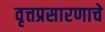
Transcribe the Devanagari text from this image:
वृत्तप्रसारणाचे